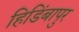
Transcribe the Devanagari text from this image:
हिडिंबापुर